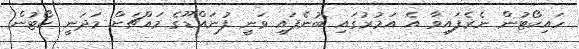
ހައިކޯޓުން ނެރެފައިވާ އެ އަމުރުގައި ބުނެފައި ވަނީ ފުނައްޑޫގެ މައްޗަށް މަދަނީ ކޯޓުން